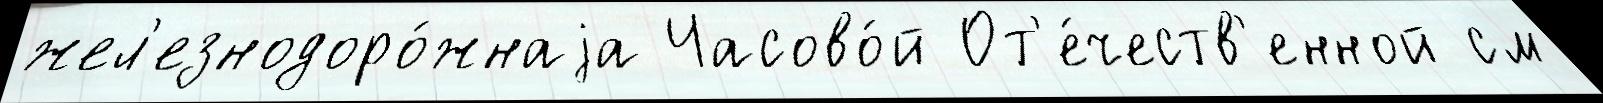
жел'езнодоро́жнаjа Часово́й От'е́честв'енной см